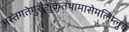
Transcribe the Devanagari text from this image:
अस्तंगतेगुरौशुक्रेतथामासेमलिम्लुचे